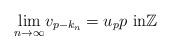
LaTeX: \begin{align*}\underset{n\rightarrow\infty}{\lim}v_{p-k_{n}}=u_pp\text{ in}\mathbb{Z}\end{align*}